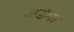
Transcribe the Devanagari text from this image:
अडेमा